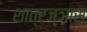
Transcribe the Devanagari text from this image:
शात्रज्ञास